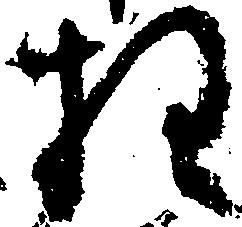
相